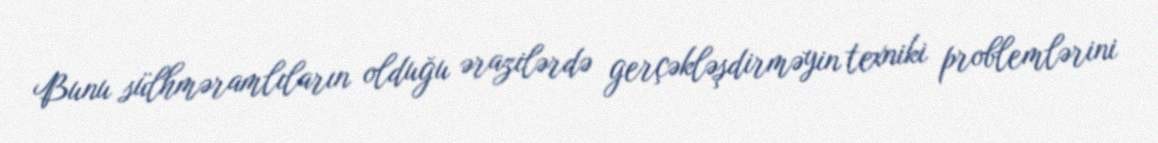
Bunu sülhməramlıların olduğu ərazilərdə gerçəkləşdirməyin texniki problemlərini